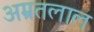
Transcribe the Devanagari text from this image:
अम्रतलाल